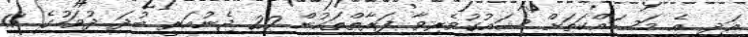
އަދި އެ މަސައްކަތަށް ޝައުގުވެރިވާ ފަރާތްތަކުން 20 ޖެނުއަރީ ބުދަ ދުވަހުގެ 11